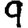
Digit: 9